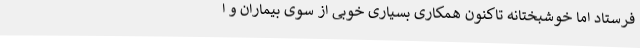
فرستاد اما خوشبختانه تاکنون همکاری بسیاری خوبی از سوی بیماران و ا